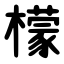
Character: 檬